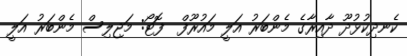
ކެނދިކުޅުދޫ ދާއިރާގެ މެންބަރު އަލީ މައުރޫފް  ފޮޓޯ: މަޖިލިސް މެންބަރު އަލީ